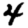
Digit: 4